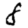
Digit: 8